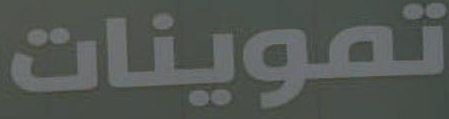
تموينات